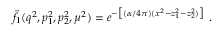
\tilde { f } _ { 1 } ( q ^ { 2 } , p _ { 1 } ^ { 2 } , p _ { 2 } ^ { 2 } , \mu ^ { 2 } ) = e ^ { - \big [ ( \alpha / 4 \pi ) ( x ^ { 2 } - z _ { 1 } ^ { 2 } - z _ { 2 } ^ { 2 } ) \big ] } ~ .